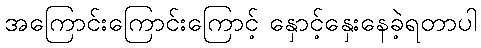
အကြောင်းကြောင်းကြောင့် နှောင့်နှေးနေခဲ့ရတာပါ